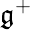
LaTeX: \mathfrak{g}^{+}